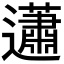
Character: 𧅣